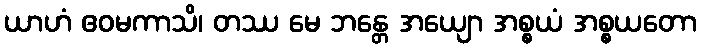
ယာဟံ ဧဝမကာသိ၊ တဿ မေ ဘန္တေ အယျော အစ္စယံ အစ္စယတော